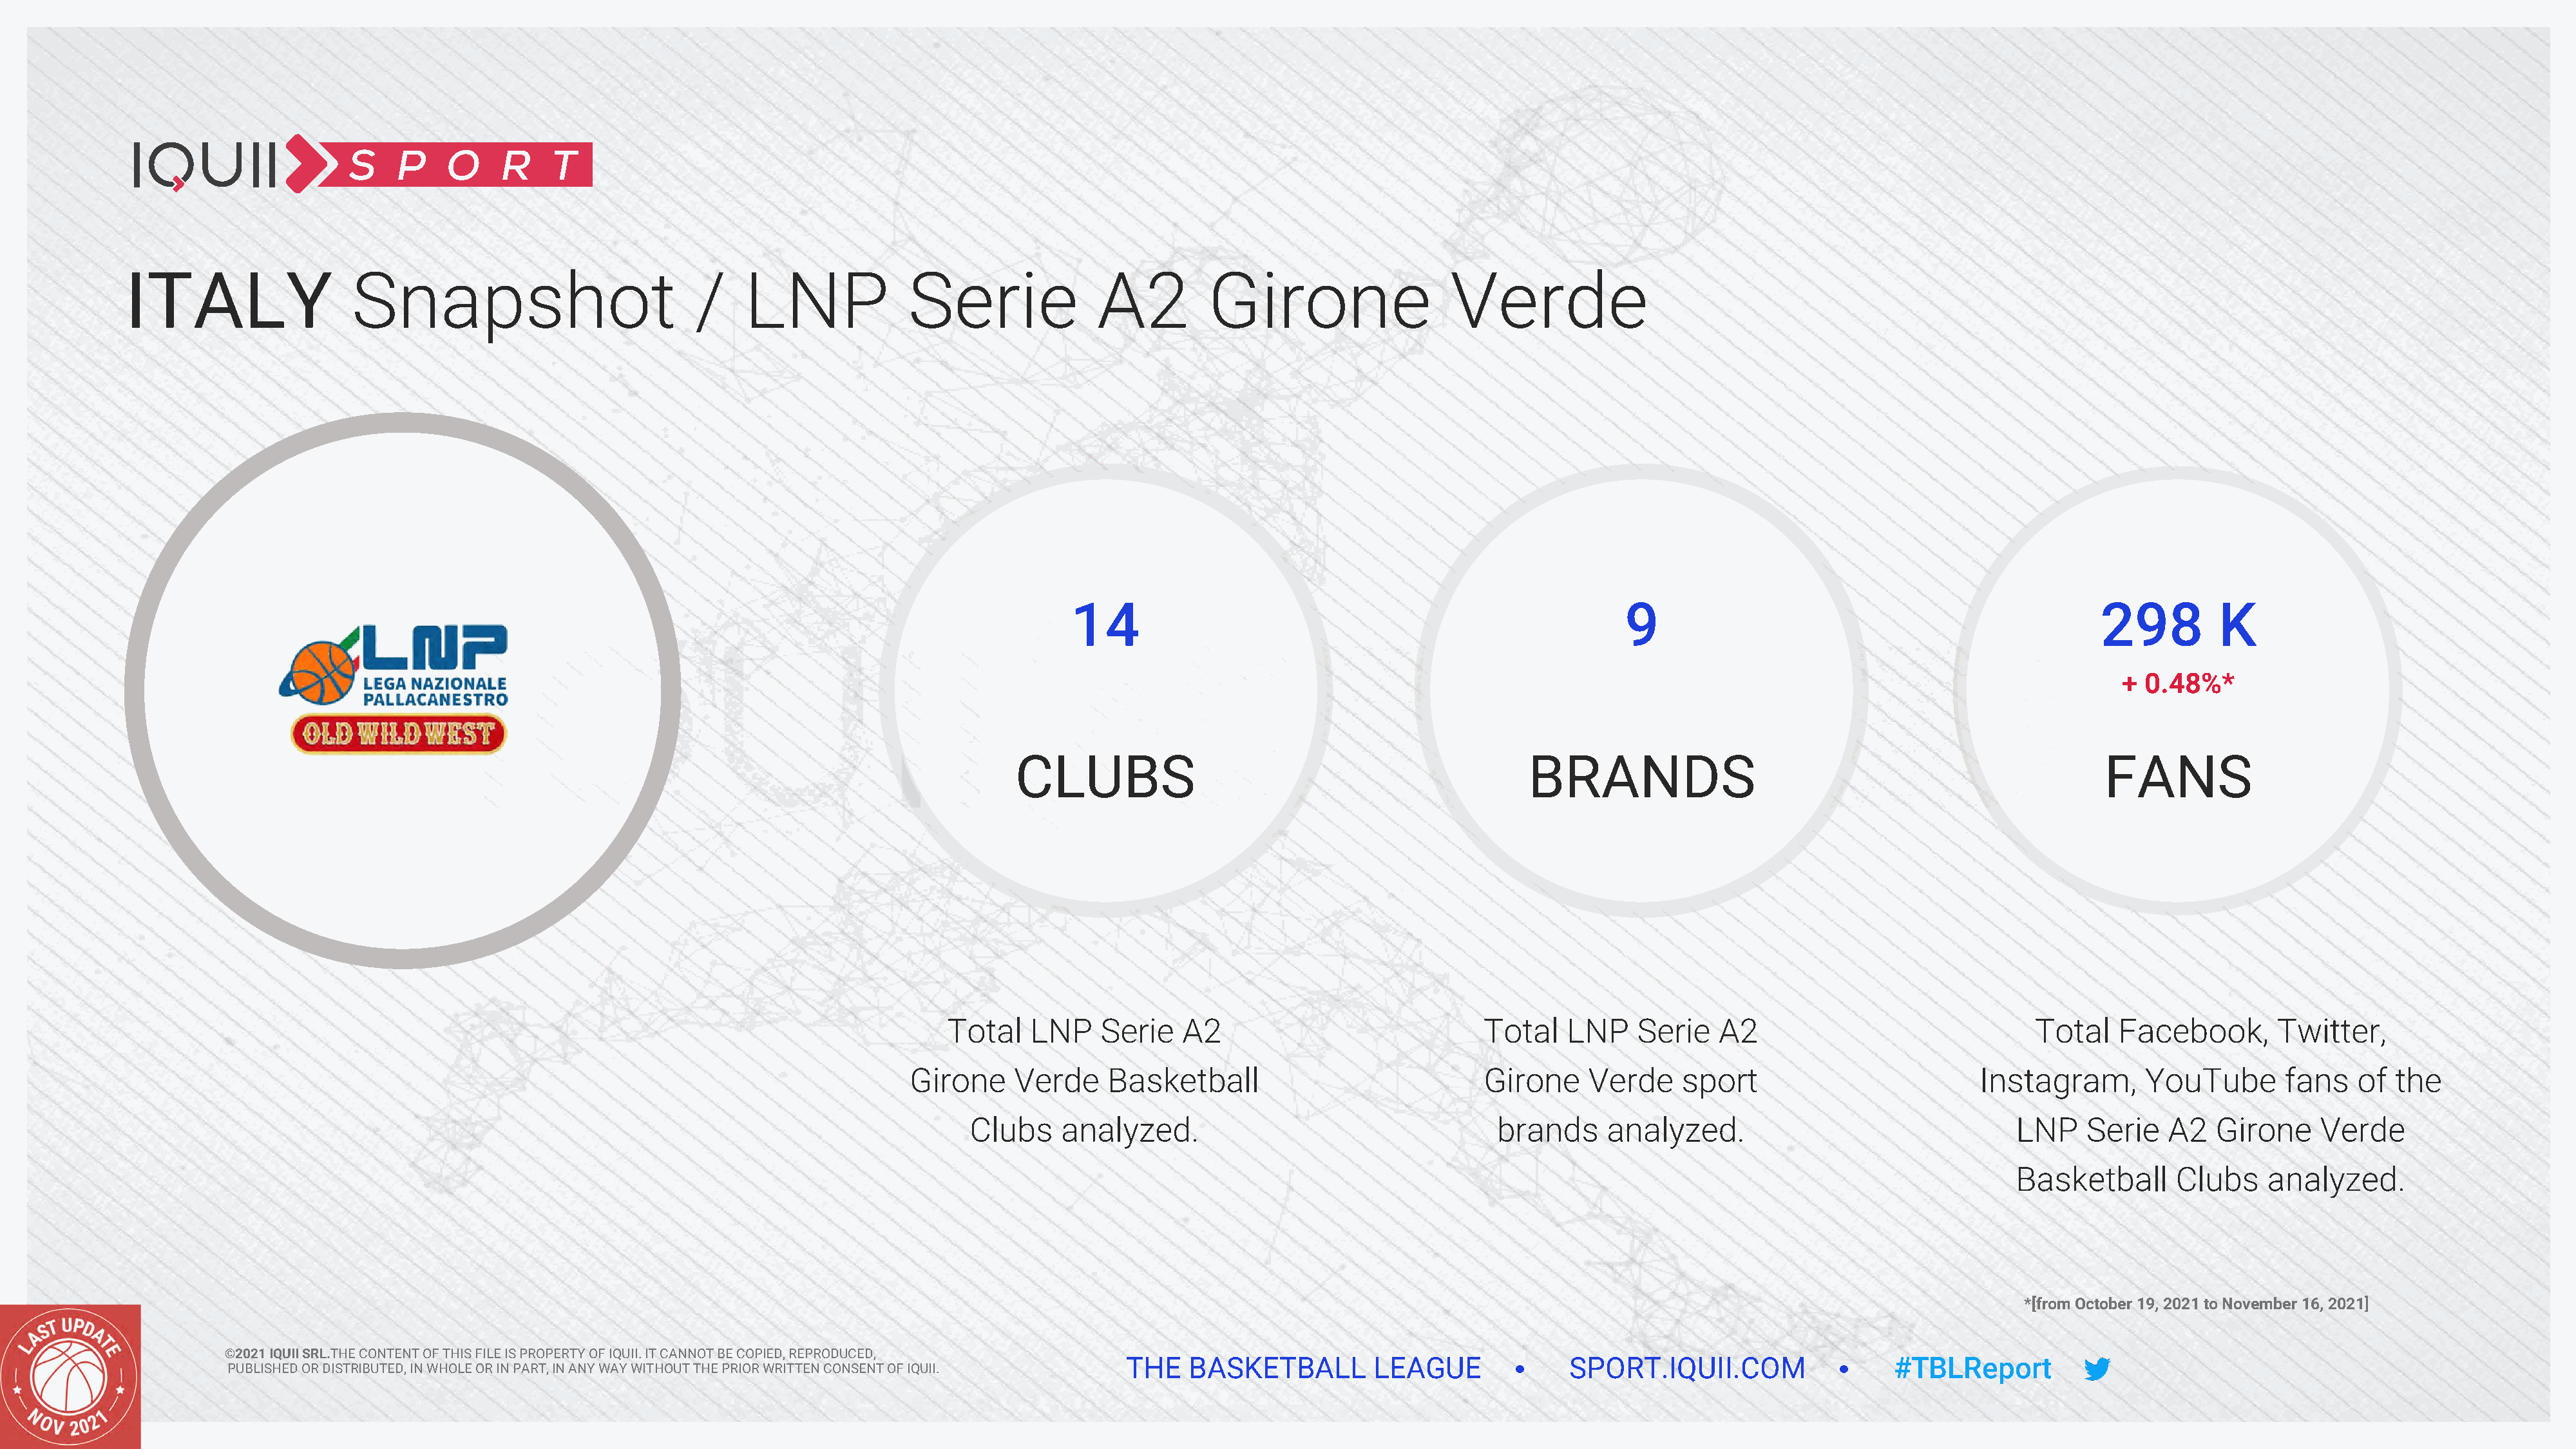
ITALY                  Snapshot                           /     LNP             Serie               A2         Girone                   Verde
 14                                                       9                                                298         K
 + 0.48%*
 CLUBS                                                BRANDS                                                     FANS
 Total    LNP    Serie   A2                             Total    LNP    Serie    A2                              Total    Facebook,       Twitter,
 Girone     Verde     Basketball                            Girone     Verde     sport                         Instagram,       YouTube        fans   of  the
 Clubs    analyzed.                                    brands     analyzed.                                 LNP    Serie    A2   Girone    Verde
 Basketball       Clubs    analyzed.
 *[from October 19, 2021 to November 16, 2021]
 ©2021 IQUII SRL.THE CONTENT OF THIS FILE IS PROPERTY OF IQUII. IT CANNOT BE COPIED, REPRODUCED,
 THE   BASKETBALL         LEAGUE              SPORT.IQUII.COM                   #TBLReport
 PUBLISHED OR DISTRIBUTED, IN WHOLE OR IN PART, IN ANY WAY WITHOUT THE PRIOR WRITTEN CONSENT OF IQUII.